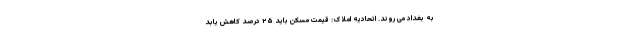
به بغداد می روند. اتحادیه املاک: قیمت مسکن باید ۲۵ درصد کاهش یابد